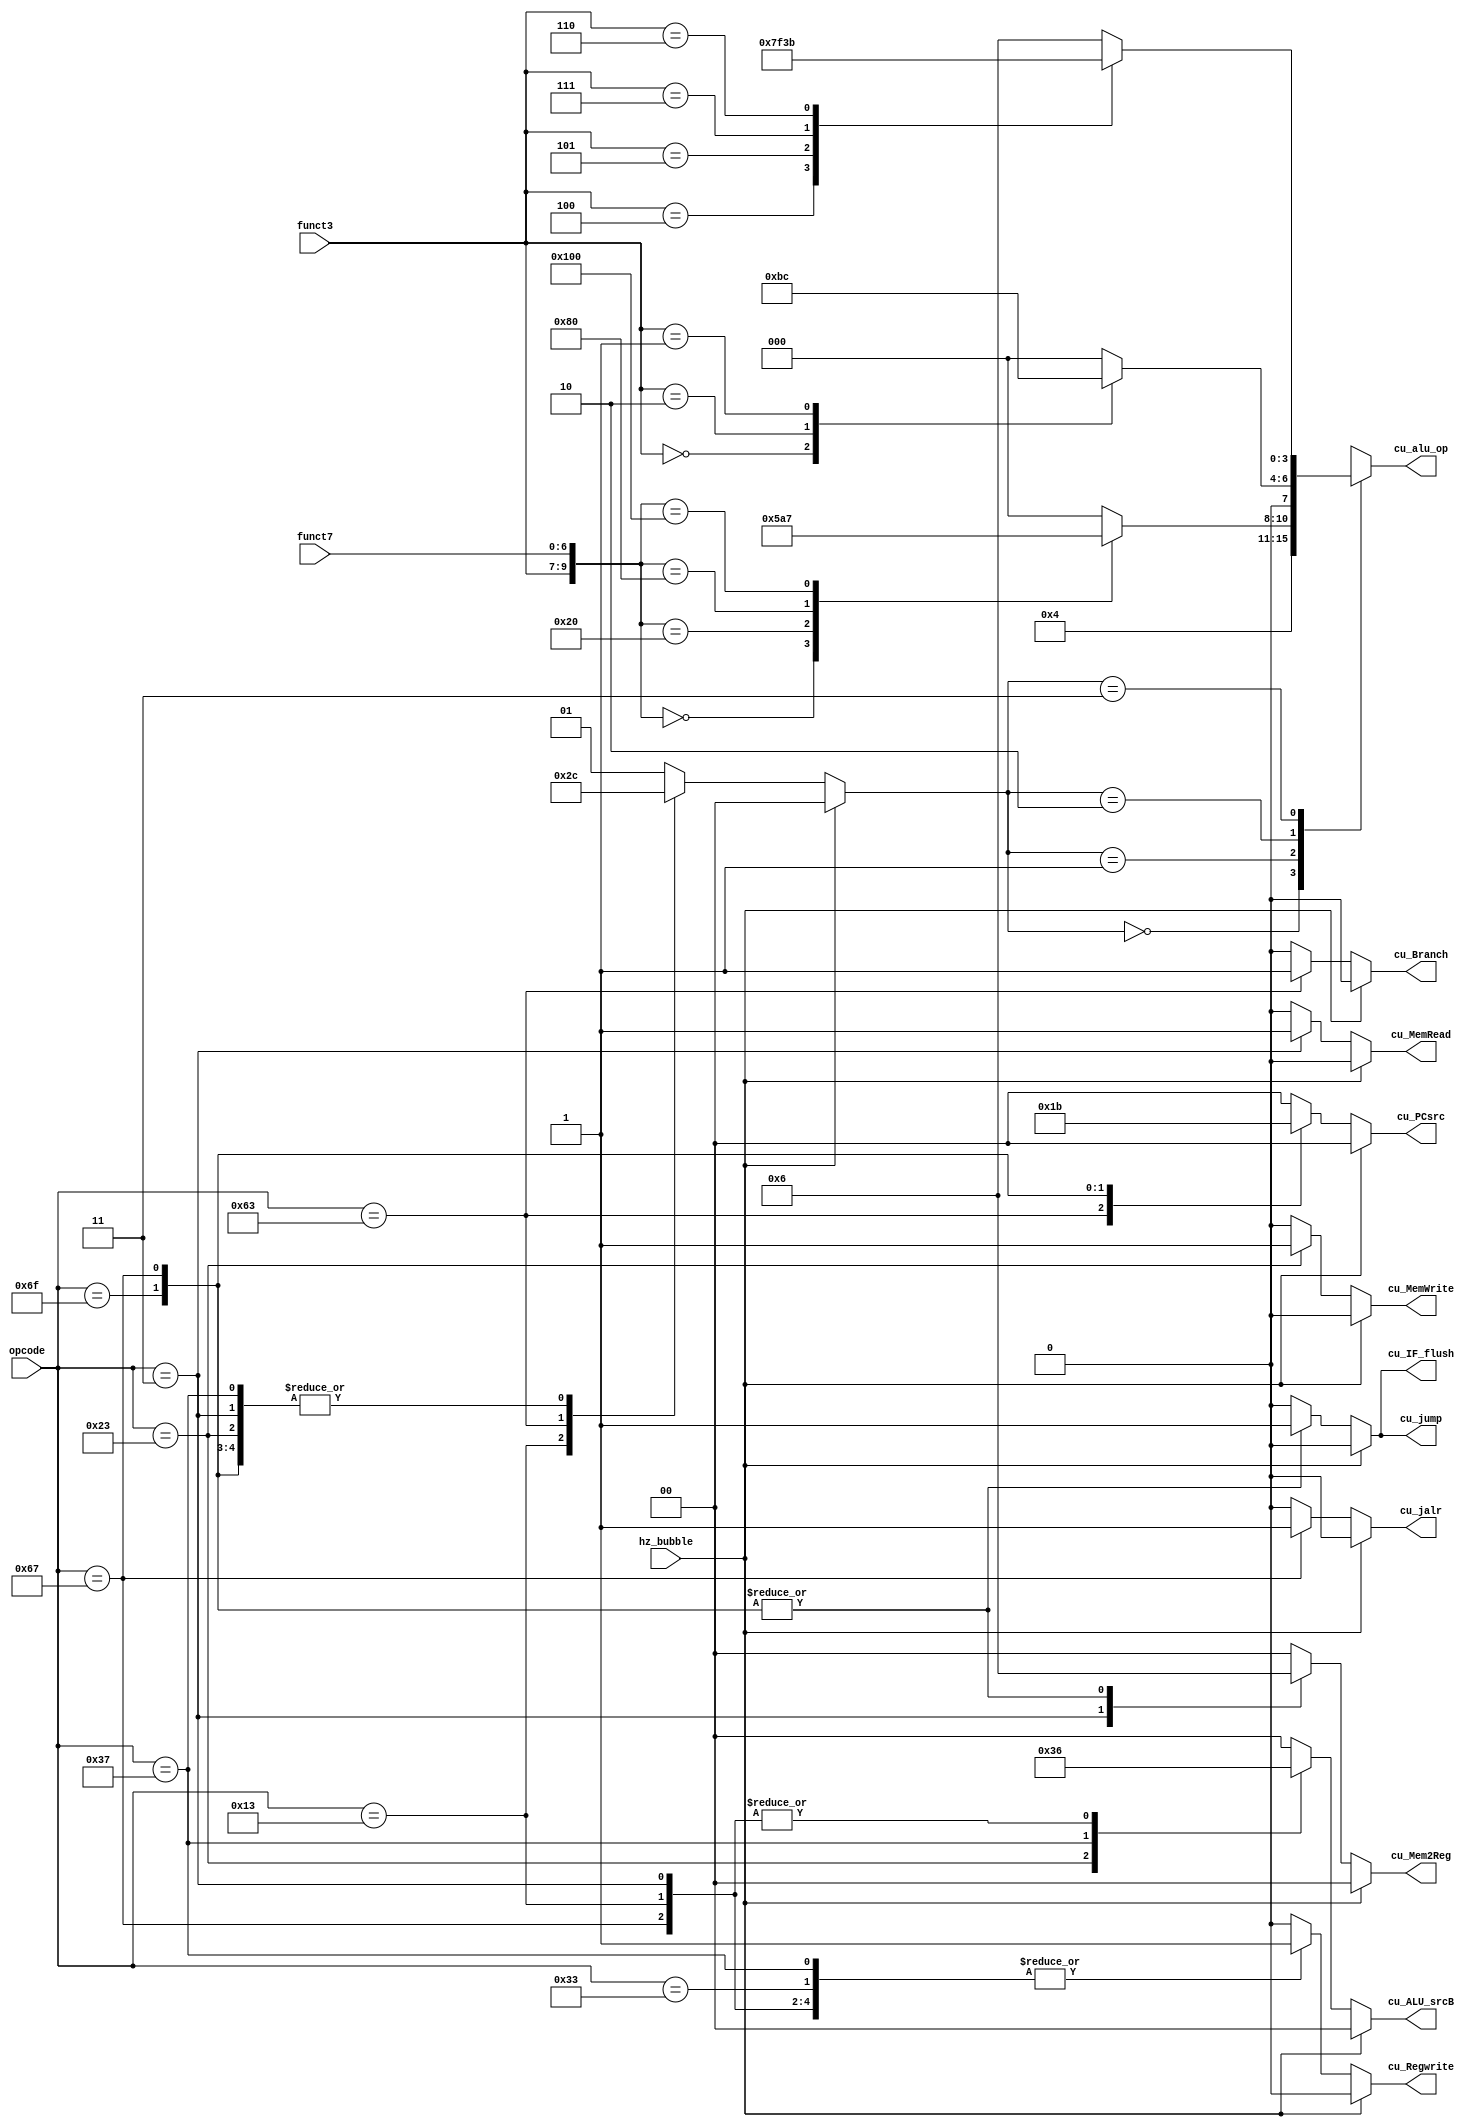
module contrl_unit (


    input [6:0] opcode,
    input [2:0] funct3,
    input [6:0] funct7,

    // make a bubble in execution stage
    input hz_bubble,

    // signals may effective in INSTRUCTION FETCH stage
    output reg [1:0] cu_PCsrc,

    // signals may effective in INSTRUCTION DECODE stage
    output reg cu_Branch,
    output reg cu_jump,

    // signals may effective in EXECUTION stage
    output reg [1:0] cu_ALU_srcB,
    output reg [3:0] cu_alu_op,

    // signals may effective in MEMORY stage
    output reg cu_MemWrite,
    output reg cu_MemRead,

    // signals may effective in WRITE BACK stage
    output reg [1:0] cu_Mem2Reg,
    output reg cu_Regwrite,
    output reg cu_IF_flush,
    output reg cu_jalr

    );

    // to get ALUop
    reg [1:0] cu_ALU_Op;

    // S-type
    parameter SW_op = 		7'b0100011;

    // I-type
    parameter JALR_op = 	7'b1100111;
    parameter LW_op = 		7'b0000011;
    parameter Itype_op = 	7'b0010011;

    // R-type
    parameter Rtype_op = 	7'b0110011;

    // J-type & B-type
    parameter JAL_op = 		7'b1101111;
    parameter Btype_op = 	7'b1100011;

    // U-type
    parameter LUI_op = 		7'b0110111;
    parameter AUIPC_op = 	7'b0010111;

    always @ ( * ) begin

        if (hz_bubble) begin
            cu_PCsrc = 2'b00;
            cu_Branch = 1'b0;
            cu_jump = 1'b0;

            cu_ALU_Op = 2'b00;
            cu_ALU_srcB = 3'b000;

            cu_MemRead = 1'b0;
            cu_MemWrite = 1'b0;

            cu_Mem2Reg = 2'b00;
            cu_Regwrite = 1'b0;

            cu_IF_flush = 1'b0;
            cu_jalr = 1'b0;
        end

        else begin
            case (opcode)

                Rtype_op: begin
                    cu_PCsrc = 2'b00;
                    cu_Branch = 1'b0;
                    cu_jump = 1'b0;

                    cu_ALU_Op = 2'b01;
                    cu_ALU_srcB = 2'b00;

                    cu_MemRead = 1'b0;
                    cu_MemWrite = 1'b0;

                    cu_Mem2Reg = 2'b00;
                    cu_Regwrite = 1'b1;
                    cu_IF_flush = 1'b0;
                    cu_jalr = 1'b0;
                end

                Itype_op: begin
                    cu_PCsrc = 2'b00;
                    cu_Branch = 1'b0;
                    cu_jump = 1'b0;

                    cu_ALU_Op = 2'b10;         // cu_ALU_Op
                    cu_ALU_srcB = 2'b10;    // imd

                    cu_MemRead = 1'b0;
                    cu_MemWrite = 1'b0;

                    cu_Mem2Reg = 2'b00;
                    cu_Regwrite = 1'b1;
                    cu_IF_flush = 1'b0;
                    cu_jalr = 1'b0;
                end

                Btype_op: begin
                    cu_PCsrc = 2'b01;       // pc_src
                    cu_Branch = 1'b1;
                    cu_jump = 1'b0;

                    cu_ALU_Op = 2'b11;         // cu_ALU_Op
                    cu_ALU_srcB = 2'b00;

                    cu_MemRead = 1'b0;
                    cu_MemWrite = 1'b0;

                    cu_Mem2Reg = 2'b00;
                    cu_Regwrite = 1'b0;
                    cu_IF_flush = 1'b0;
                    cu_jalr = 1'b0;
                end

                SW_op: begin
                    cu_PCsrc = 2'b00;
                    cu_Branch = 1'b0;
                    cu_jump = 1'b0;

                    cu_ALU_Op = 2'b00;
                    cu_ALU_srcB = 2'b11;    // imd

                    cu_MemRead = 1'b0;      // mem_read
                    cu_MemWrite = 1'b1;     // mem_wriet

                    cu_Mem2Reg = 2'b00;
                    cu_Regwrite = 1'b0;
                    cu_IF_flush = 1'b0;
                    cu_jalr = 1'b0;
                end

                LW_op: begin
                    cu_PCsrc = 2'b00;
                    cu_Branch = 1'b0;
                    cu_jump = 1'b0;

                    cu_ALU_Op = 2'b00;
                    cu_ALU_srcB = 2'b10;    // imd

                    cu_MemRead = 1'b1;
                    cu_MemWrite = 1'b0;

                    cu_Mem2Reg = 2'b01;
                    cu_Regwrite = 1'b1;
                    cu_IF_flush = 1'b0;
                    cu_jalr = 1'b0;
                end

                LUI_op: begin
                    cu_PCsrc = 2'b00;
                    cu_Branch = 1'b0;
                    cu_jump = 1'b0;

                    cu_ALU_Op = 2'b00;        // cu_ALU_Op
                    cu_ALU_srcB = 2'b01;    // imd

                    cu_MemRead = 1'b0;
                    cu_MemWrite = 1'b0;

                    cu_Mem2Reg = 2'b00;
                    cu_Regwrite = 1'b1;
                    cu_IF_flush = 1'b0;
                    cu_jalr = 1'b0;
                end


                JAL_op: begin
                    cu_PCsrc = 2'b10;
                    cu_Branch = 1'b0;
                    cu_jump = 1'b1;

                    cu_ALU_Op = 2'b00;        // cu_ALU_Op
                    cu_ALU_srcB = 2'b00;

                    cu_MemRead = 1'b0;
                    cu_MemWrite = 1'b0;

                    cu_Mem2Reg = 2'b10;
                    cu_Regwrite = 1'b1;
                    cu_IF_flush = 1'b1;        // cu_IF_flush
                    cu_jalr = 1'b0;
                end

                JALR_op: begin
                    cu_PCsrc = 2'b11;
                    cu_Branch = 1'b0;
                    cu_jump = 1'b1;

                    cu_ALU_Op = 2'b00;        // cu_ALU_Op
                    cu_ALU_srcB = 2'b10;    // imd

                    cu_MemRead = 1'b0;
                    cu_MemWrite = 1'b0;

                    cu_Mem2Reg = 2'b10;
                    cu_Regwrite = 1'b1;
                    cu_IF_flush = 1'b1;        // cu_IF_flush
                    cu_jalr = 1'b1;             // cu_jalr   stall 2
                end

                default: begin
                    cu_PCsrc = 2'b00;
                    cu_Branch = 1'b0;
                    cu_jump = 1'b0;

                    cu_ALU_Op = 2'b01;
                    cu_ALU_srcB = 2'b00;

                    cu_MemRead = 1'b0;
                    cu_MemWrite = 1'b0;

                    cu_Mem2Reg = 2'b00;
                    cu_Regwrite = 1'b0;

                    cu_IF_flush = 1'b0;
                    cu_jalr = 1'b0;
                end
            endcase
        end




        case(cu_ALU_Op)
            2'b00: cu_alu_op = 4'b0010;

            // R-type
            2'b01: case({funct3, funct7})
                //ADD
                {3'b000, 7'b0000000}: cu_alu_op = 4'b0010;
                //SUB
                {3'b000, 7'b0100000}: cu_alu_op = 4'b0110;
                //SLL
                {3'b001, 7'b0000000}: cu_alu_op = 4'b0100;
                //SLT
                {3'b010, 7'b0000000}: cu_alu_op = 4'b0111;
                //AND
                {3'b111, 7'b0000000}: cu_alu_op = 4'b0000;
                //default
                default: 			  cu_alu_op = 4'b0000;
            endcase

            // I-type
            2'b10: case(funct3)
                // ADDI
                3'b000: cu_alu_op = 4'b0010;
                // SLTI
                3'b010: cu_alu_op = 4'b0111;
                // SLLI
                3'b001: cu_alu_op = 4'b0100;
                // default
                default: cu_alu_op = 4'b0000;
            endcase

            // B-type
            2'b11: case(funct3)
                // BEQ
                3'b000: cu_alu_op = 4'b0110;
                // BNE
                3'b001: cu_alu_op = 4'b0110;
                // BLT BGT
                3'b100: cu_alu_op = 4'b0111;
                // BGE BLE
                3'b101: cu_alu_op = 4'b1111;
                // BGEU BLEU
                3'b111: cu_alu_op = 4'b0011;
                // BLTU
                3'b110: cu_alu_op = 4'b1011;
                // default
                default: cu_alu_op = 4'b0110;

            endcase

            default: cu_alu_op = 4'b0000;
        endcase

    end

endmodule // contrl_unit